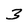
Character: 3